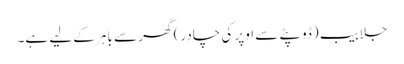
جلابیب (ڈوپٹے سے اوپر کی چادر) گھر سے باہر کے لیے ہے۔